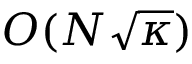
O ( N { \sqrt { \kappa } } )